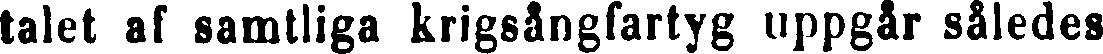
talet af samtliga krigsångfartyg uppgår således